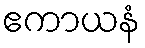
ဧကာယနံ